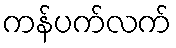
ကန်ပက်လက်